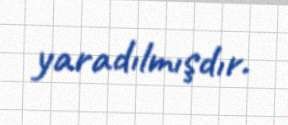
yaradılmışdır.